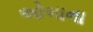
ઓબાના